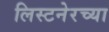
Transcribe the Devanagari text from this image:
लिस्टनेरच्या